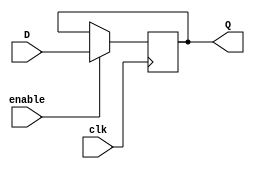
module gated_d_latch(
    input wire clk,
    input wire enable,
    input wire D,
    output reg Q
);

always @(posedge clk) begin
    if (enable) begin
        Q <= D;
    end
end

endmodule